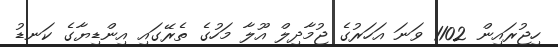
ހިޖުރައިން 1102 ވަނަ އަހަރުގެ ޖުމާދިލް އޫލާ މަހުގެ ތެރޭގައި އިންޑިޔާގެ ކަނޑު